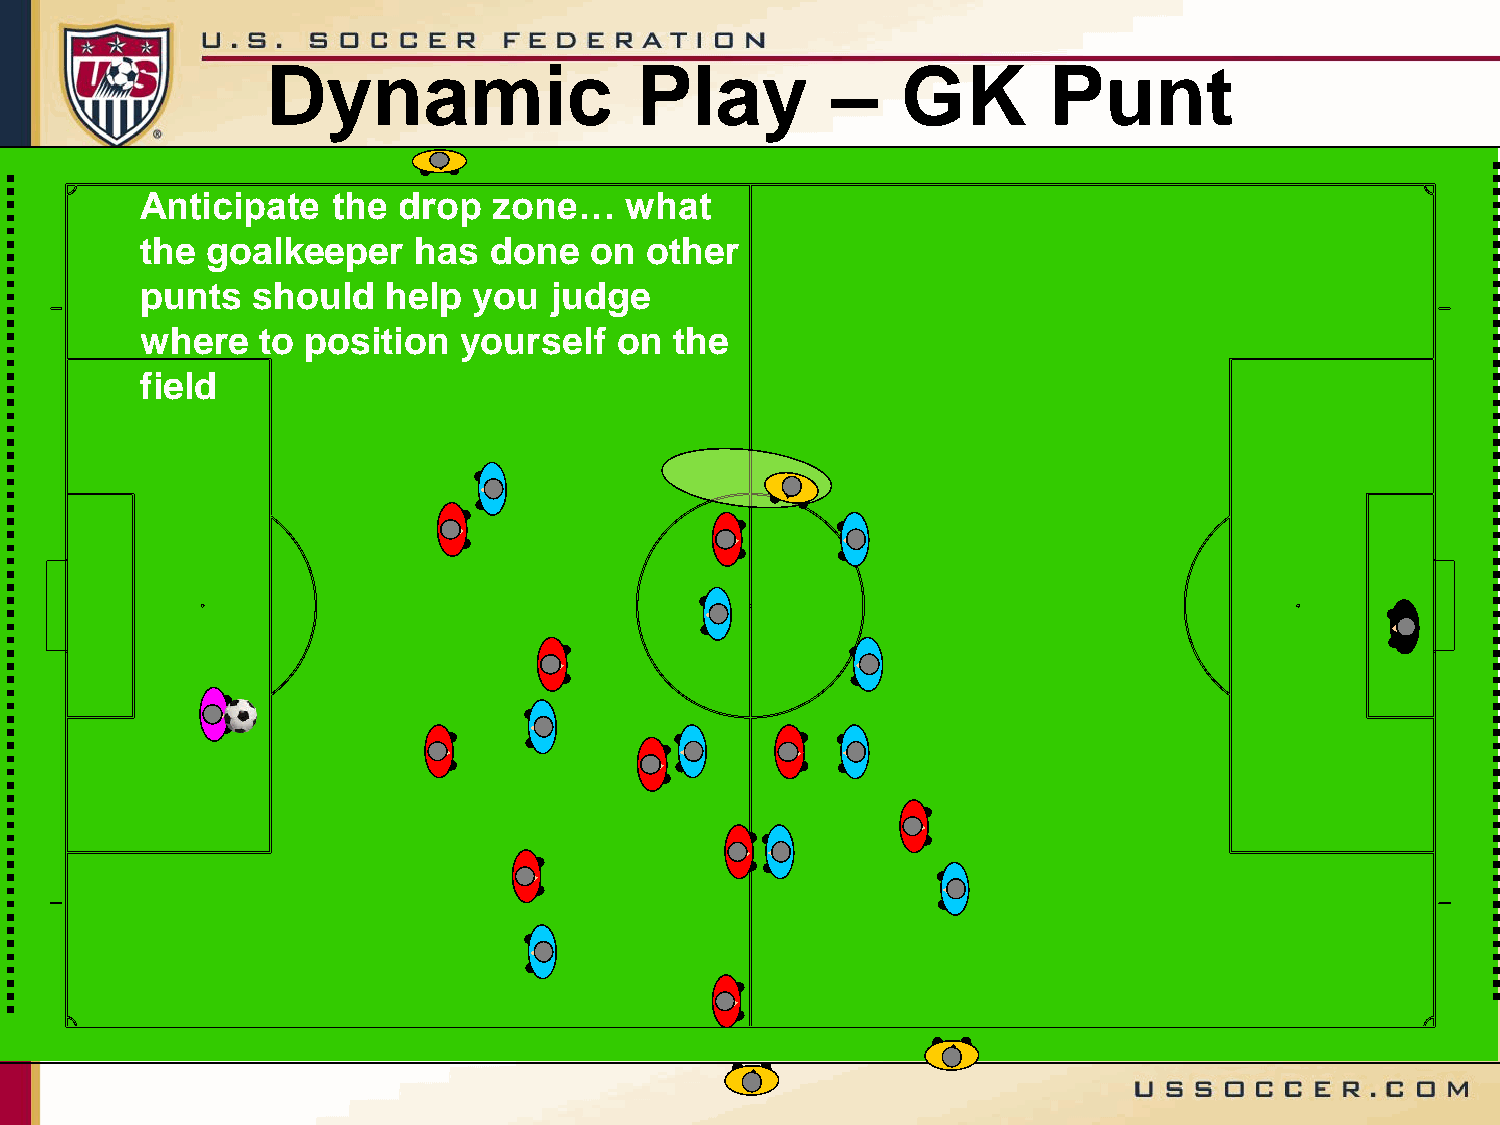
Dynamic                 Play         –    GK       Punt
 Anticipate   the drop   zone…   what
 the  goalkeeper   has  done   on  other
 punts   should   help you  judge
 where   to position   yourself  on  the
 field